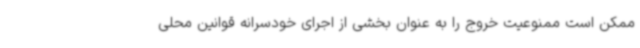
ممکن است ممنوعیت خروج را به عنوان بخشی از اجرای خودسرانه قوانین محلی